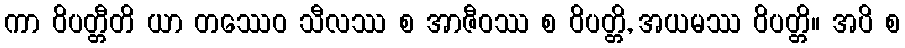
ကာ ဝိပတ္တီတိ ယာ တဿေဝ သီလဿ စ အာဇီဝဿ စ ဝိပတ္တိ, အယမဿ ဝိပတ္တိ။ အပိ စ